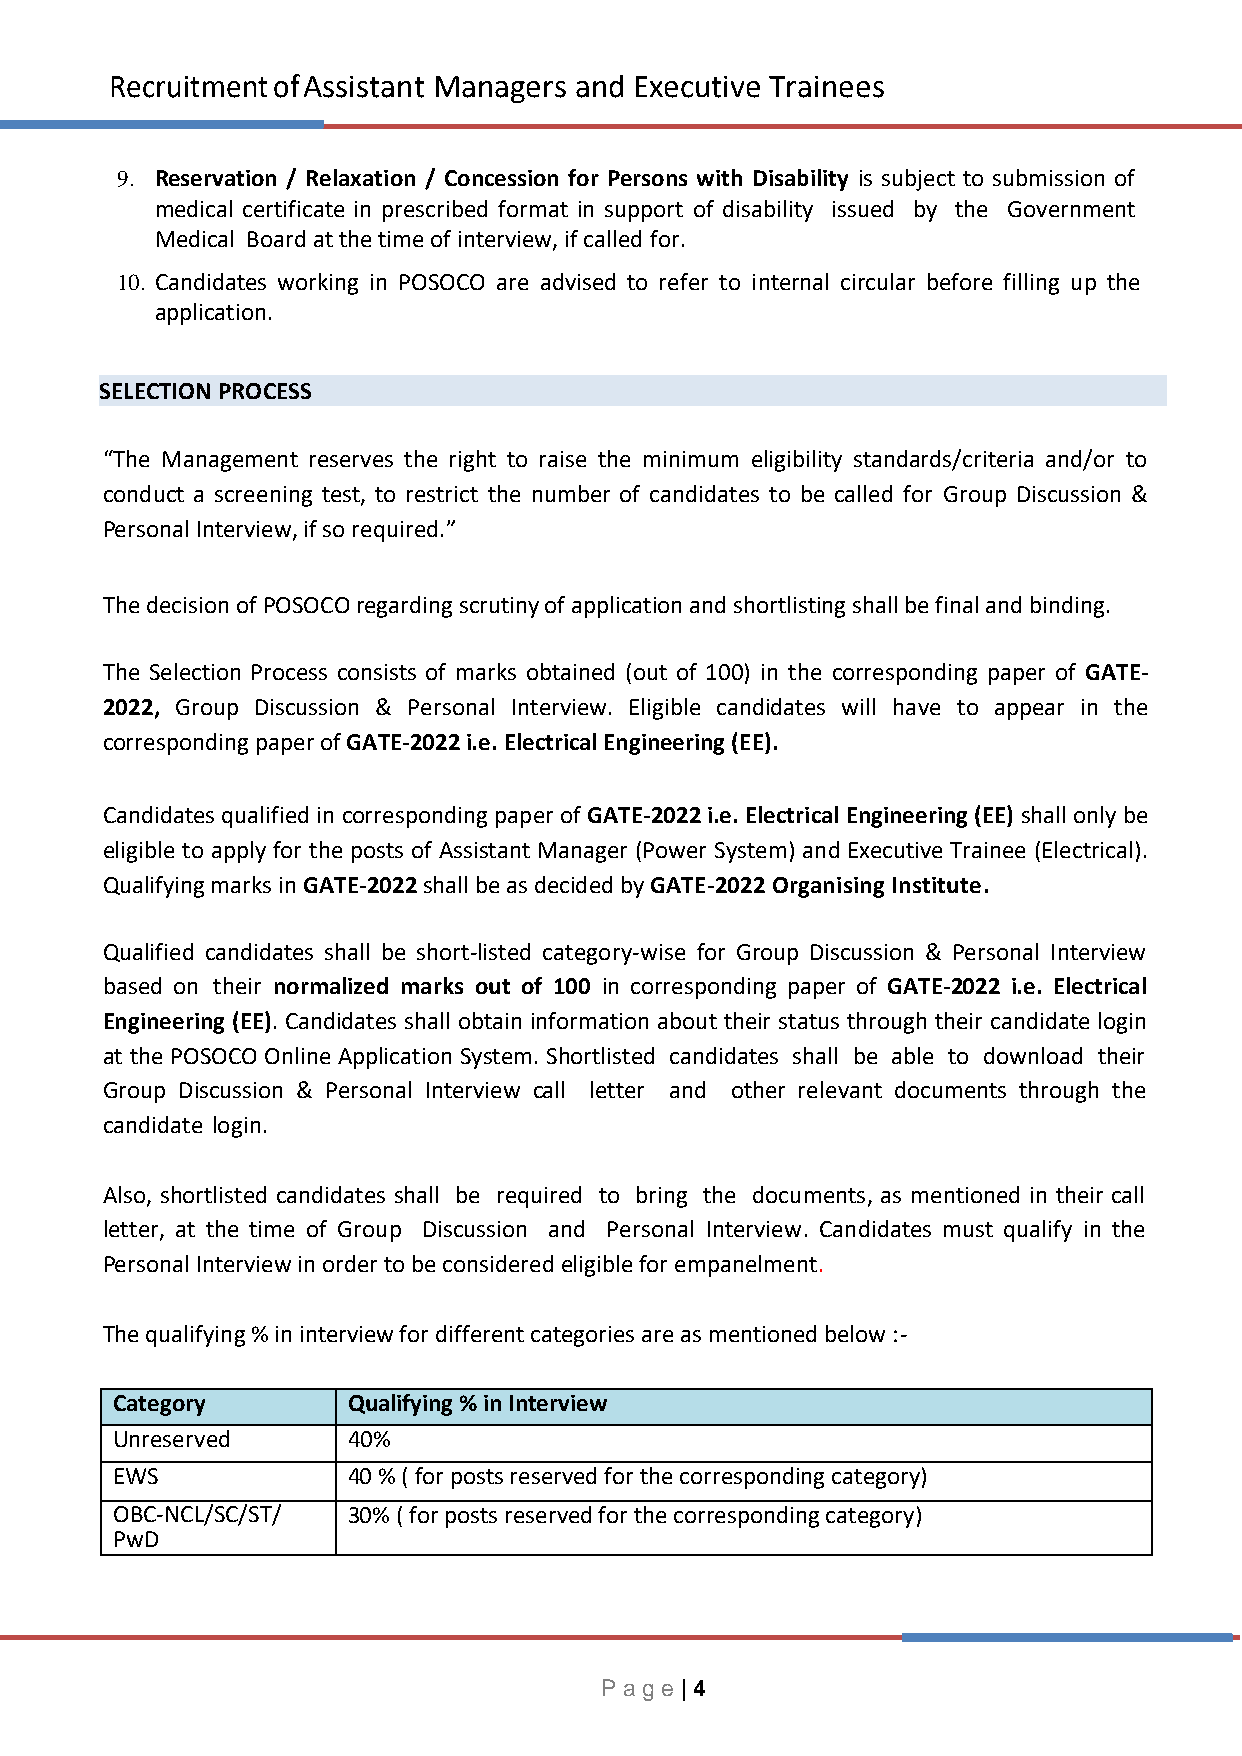
Recruitment of Assistant Managers and Executive Trainees
 9. Reservation / Relaxation / Concession for Persons with Disability is subject to submission of
 medical certificate in prescribed format in support of disability issued by the Government
 Medical Board at the time of interview, if called for.
 10. Candidates working in POSOCO are advised to refer to internal circular before filling up the
 application.
 SELECTION PROCESS
 “The Management reserves the right to raise the minimum eligibility standards/criteria and/or to
 conduct a screening test, to restrict the number of candidates to be called for Group Discussion &
 Personal Interview, if so required.”
 The decision of POSOCO regarding scrutiny of application and shortlisting shall be final and binding.
 The Selection Process consists of marks obtained (out of 100) in the corresponding paper of GATE-
 2022, Group Discussion & Personal Interview. Eligible candidates will have to appear in the
 corresponding paper of GATE-2022 i.e. Electrical Engineering (EE).
 Candidates qualified in corresponding paper of GATE-2022 i.e. Electrical Engineering (EE) shall only be
 eligible to apply for the posts of Assistant Manager (Power System) and Executive Trainee (Electrical).
 Qualifying marks in GATE-2022 shall be as decided by GATE-2022 Organising Institute.
 Qualified candidates shall be short-listed category-wise for Group Discussion & Personal Interview
 based on their normalized marks out of 100 in corresponding paper of GATE-2022 i.e. Electrical
 Engineering (EE). Candidates shall obtain information about their status through their candidate login
 at the POSOCO Online Application System. Shortlisted candidates shall be able to download their
 Group Discussion & Personal Interview call letter and other relevant documents through the
 candidate login.
 Also, shortlisted candidates shall be required to bring the documents, as mentioned in their call
 letter, at the time of Group Discussion and Personal Interview. Candidates must qualify in the
 Personal Interview in order to be considered eligible for empanelment.
 The qualifying % in interview for different categories are as mentioned below :-
 Category        Qualifying % in Interview
 Unreserved      40%
 EWS             40 % ( for posts reserved for the corresponding category)
 OBC-NCL/SC/ST/  30% ( for posts reserved for the corresponding category)
 PwD
 P a g e | 4